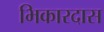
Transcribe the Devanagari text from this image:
भिकारदास